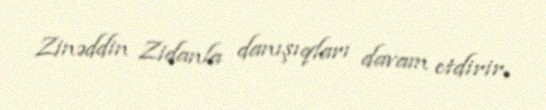
Zinəddin Zidanla danışıqları davam etdirir.